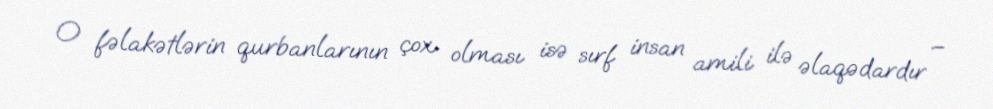
O fəlakətlərin qurbanlarının çox olması isə sırf insan amili ilə əlaqədardır –